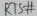
Text: RTS#